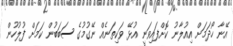
އޭނާ ހޯދަމަށް އިއުލާނު ކޮށްފައިވަނީ އުޅޭ ވަކިތަނެއް ނޭގުމުގެ ސަބަބުން ކަމަށް ފުލުހުން